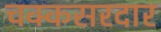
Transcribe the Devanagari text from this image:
चक्कसरदार